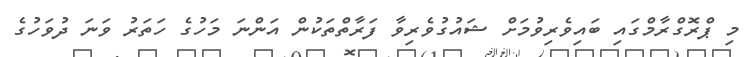
މި ޕްރޮގްރާމްގައި ބައިވެރިވުމަށް ޝައުގުވެރިވާ ފަރާތްތަކުން އަންނަ މަހުގެ ހަތަރު ވަނަ ދުވަހުގެ